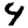
Digit: 4